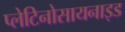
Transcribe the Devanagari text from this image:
प्लेटिनोसायनाइड